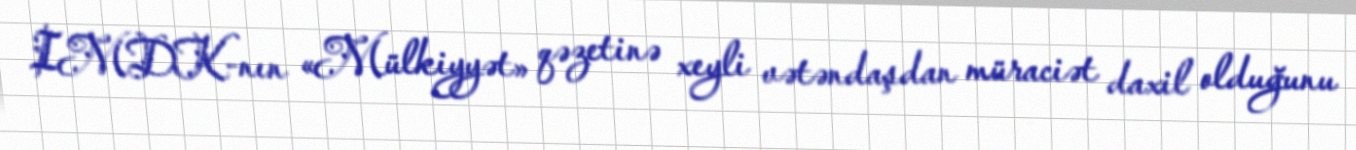
IMDK-nın «Mülkiyyət» qəzetinə xeyli vətəndaşdan müraciət daxil olduğunu